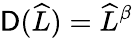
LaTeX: \mathsf{D}(\widehat{{L}})=\widehat{{L}}^{\beta}